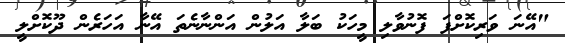
"އޭނަ ވަރިކޮށްފަ ފޮނުވާލި މީހަކު ބަލާ އަލުން އަންނާނެތަ އޭނާ އަހަރެން ދޫކޮށްލީ